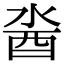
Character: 𨠆